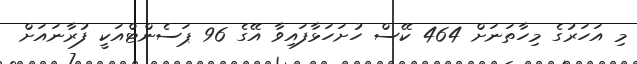
މި އަހަރުގެ މިހާތަނަށް 464 ކޭސް ހުށަހަޅާފައިވާ އޭގެ 96 ޕަސެންޓްއަކީ ފުރާނައަށް